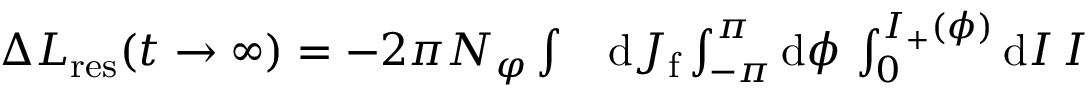
\begin{array} { r l } { \Delta L _ { \mathrm { r e s } } ( t \to \infty ) = - 2 \pi N _ { \varphi } \int } & { { } \mathrm { d } J _ { \mathrm { f } } \int _ { - \pi } ^ { \pi } \mathrm { d } \phi \, \int _ { 0 } ^ { I _ { + } ( \phi ) } \mathrm { d } I \, I } \end{array}